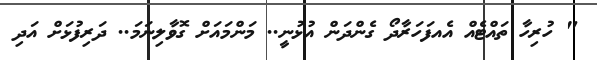
" ހުރިހާ ތައްޓެއް އެއފަހަރާދޯ ގެންދަން އުޅުނީ.. މަންމައަށް ގޮވާލިނަމަ.. ދަރިފުޅަށް އަދި